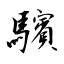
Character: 驞